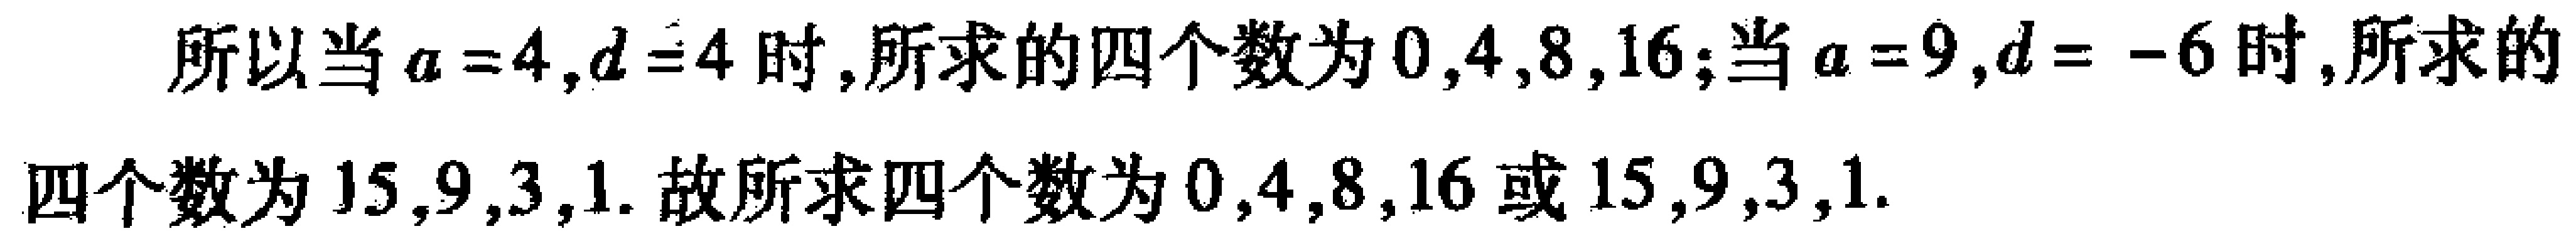
所以当\(a = 4,d = 4\)时,所求的四个数为\(0,4,8,16\);当\(a = 9,d = - 6\)时,所求的四个数为\(15,9,3,1\). 故所求四个数为\(0,4,8,16\)或\(15,9,3,1\).